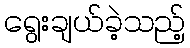
ရွေးချယ်ခဲ့သည့်